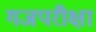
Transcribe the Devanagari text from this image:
गजपरीक्षा